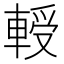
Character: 𰹘